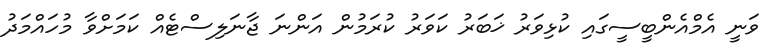
ވަނީ އެމްއެންބީސީގައި ކުޅިވަރު ޚަބަރު ކަވަރު ކުރަމުން އަންނަ ޖާނަލިސްޓެއް ކަމަށްވާ މުހައްމަދު